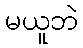
မယူဘဲ